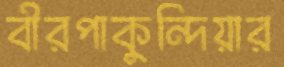
বীরপাকুন্দিয়ার